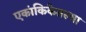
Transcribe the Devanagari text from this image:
एकांकिकेतल्या